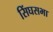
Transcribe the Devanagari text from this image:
सिंघसभा